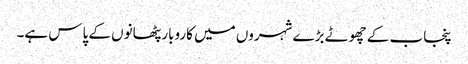
پنجاب کے چھوٹے بڑے شہروں میں کاروبار پٹھانوں کے پاس ہے۔